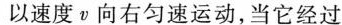
以速度ν向右匀速运动，当它经过